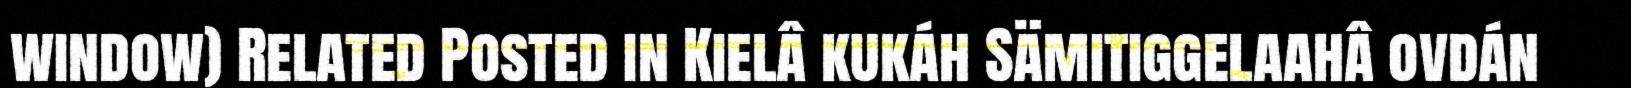
window) Related Posted in Kielâ kukáh Sämitiggelaahâ ovdán